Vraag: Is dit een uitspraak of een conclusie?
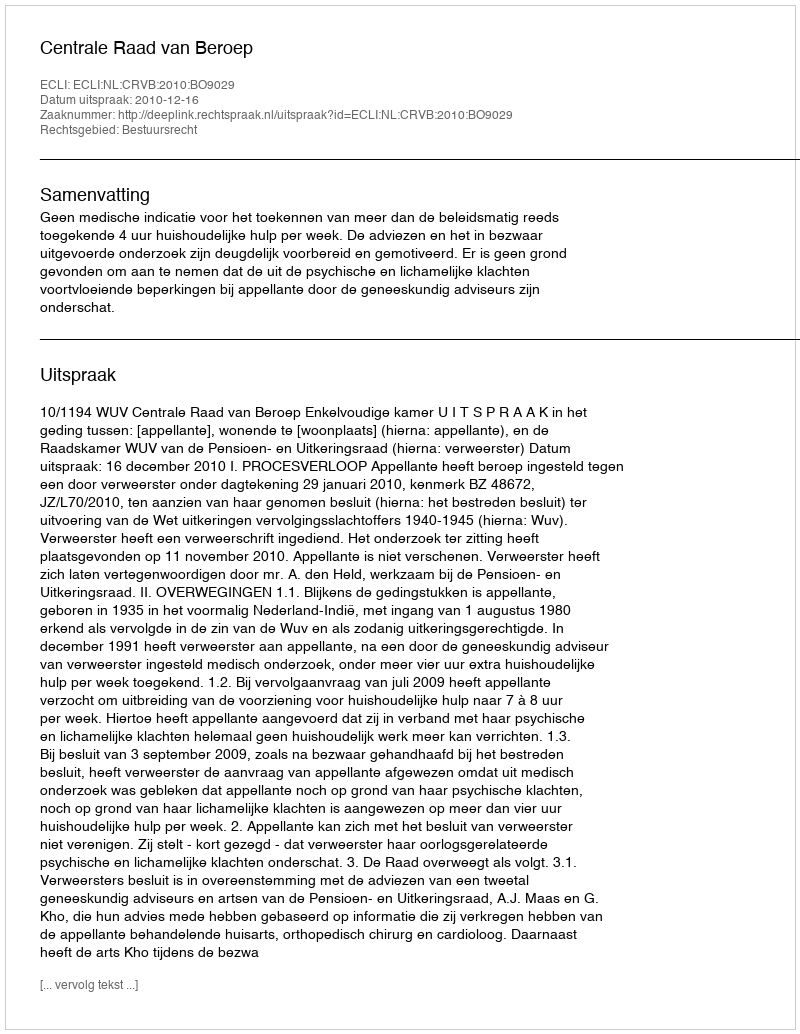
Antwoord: Uitspraak